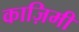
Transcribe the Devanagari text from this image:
काज़िमी